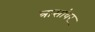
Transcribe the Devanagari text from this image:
त्रासांवर